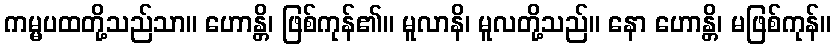
ကမ္မပထတို့သည်သာ။ ဟောန္တိ၊ ဖြစ်ကုန်၏။ မူလာနိ၊ မူလတို့သည်။ နော ဟောန္တိ၊ မဖြစ်ကုန်။